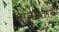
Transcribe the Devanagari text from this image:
तोलस्तोय